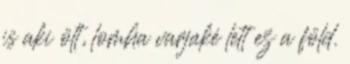
is aki ölt, lomha varjaké lett ez a föld.